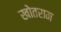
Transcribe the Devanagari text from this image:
खोतराम